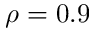
\rho = 0 . 9